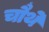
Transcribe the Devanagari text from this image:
चाैथे